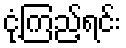
ငုံ့ကြည့်ရင်း